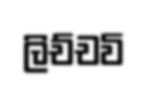
ලිච්චවි